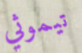
تيموثي